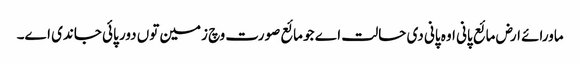
ماورائے ارض مائع پانی اوہ پانی دی حالت اے جو مائع صورت وچ زمین تو‏ں دور پائی جاندی ا‏‏ے۔